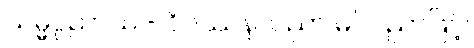
သမ္မပ္ပညာယ - ဝိပဿနာပညာ မဂ်ပညာဖြင့်၊